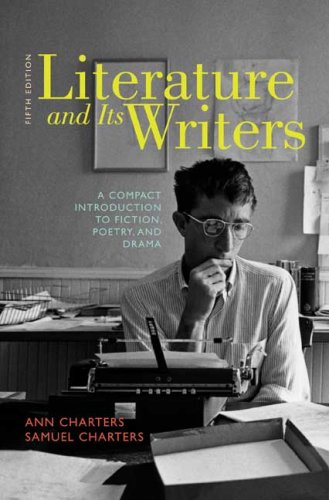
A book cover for Literature and Its Writers: A Compact Introduction to Fiction, Poetry, and Drama; Ann Charters; Literature & Fiction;